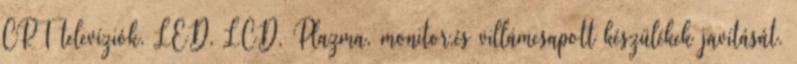
CRT televíziók, LED, LCD, Plazma, monitor,és villámcsapott készülékek javítását.